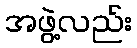
အဖွဲ့လည်း